Report of the Indian Hemp Drugs Commission, 1894-1895 - Volume IV
Year: 1894
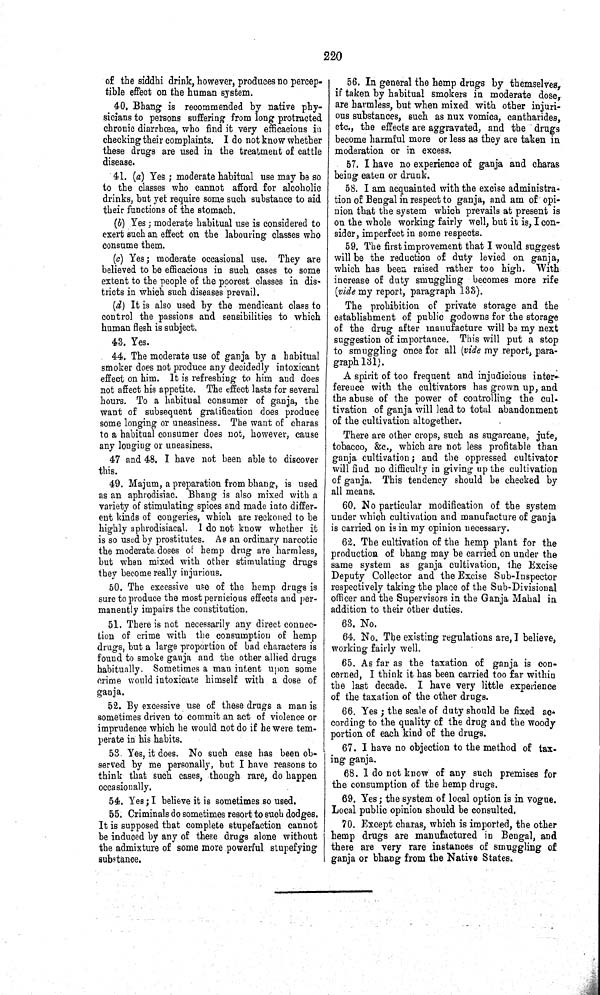
220
of the siddhi drink, however, produces no percep-
tible effect on the human system.
40, Bhang is recommended by native phy-
sicians to persons suffering from long protracted
chronic diarrhœa, who find it very efficacious in
checking their complaints. I do not know whether
these drugs are used in the treatment of cattle
disease.
41. (a) Yes; moderate habitual use may be so
to the classes who cannot afford for alcoholic
drinks, but yet require some such substance to aid
their functions of the stomach.
(b) Yes; moderate habitual use is considered to
exert such an effect on the labouring classes who
consume them.
(c) Yes; moderate occasional use. They are
believed to be efficacious in such cases to some
extent to the people of the poorest classes in dis-
tricts in which such diseases prevail.
(d) It is also used by the mendicant class to
control the passions and sensibilities to which
human flesh is subject.
43. Yes.
44. The moderate use of ganja by a habitual
smoker does not produce any decidedly intoxicant
effect on him. It is refreshing to him and does
not affect his appetite. The effect lasts for several
hours. To a habitual consumer of ganja, the
want of subsequent gratification does produce
some longing or uneasiness. The want of charas
to a habitual consumer does not, however, cause
any longing or uneasiness.
47 and 48. I have not been able to discover
this.
49. Majum, a preparation from bhang, is used
as an aphrodisiac. Bhang is also mixed with a
variety of stimulating spices and made into differ-
ent kinds of congeries, which are reckoned to be
highly aphrodisiacal. I do not know whether it
is so used by prostitutes. As an ordinary narcotic
the moderate doses of hemp drug are harmless,
but when mixed with other stimulating drugs
they become really injurious.
50. The excessive use of the hemp drugs is
sure to produce the most pernicious effects and per-
manently impairs the constitution.
51. There is not necessarily any direct connec-
tion of crime with the consumption of hemp
drugs, but a large proportion of bad characters is
found to smoke ganja and the other allied drugs
habitually. Sometimes a man intent upon some
crime would intoxicate himself with a dose of
ganja.
52. By excessive use of these drugs a man is
sometimes driven to commit an act of violence or
imprudence which he would not do if he were tem-
perate in his habits.
53. Yes, it does. No such case has been ob-
served by me personally, but I have reasons to
think that such cases, though rare, do happen
occasionally.
54. Yes; I believe it is sometimes so used.
55. Criminals do sometimes resort to such dodges.
It is supposed that complete stupefaction cannot
be induced by any of these drugs alone without
the admixture of some more powerful stupefying
substance.
56. In general the hemp drugs by themselves,
if taken by habitual smokers in moderate dose,
are harmless, but when mixed with other injuri-
ous substances, such as nux vomica, cantharides,
etc., the effects are aggravated, and the drugs
become harmful more or less as they are taken in
moderation or in excess.
57. I have no experience of ganja and charas
being eaten or drunk.
58. I am acquainted with the excise administra-
tion of Bengal in respect to ganja, and am of opi-
nion that the system which prevails at present is
on the whole working fairly well, but it is, I con-
sider, imperfect in some respects.
59. The first improvement that I would suggest
will be the reduction of duty levied on ganja,
which has been raised rather too high. With
increase of duty smuggling becomes more rife
(vide my report, paragraph 133).
The prohibition of private storage and the
establishment of public godowns for the storage
of the drug after manufacture will be my next
suggestion of importance. This will put a stop
to smuggling once for all (vi de my report, para-
graph 131).
A spirit of too frequent and injudicious inter-
ference with the cultivators has grown up, and
the abuse of the power of controlling the cul-
tivation of ganja will lead to total abandonment
of the cultivation altogether.
There are other crops, such as sugarcane, jute,
tobacco, &c., which are not less profitable than
ganja cultivation; and the oppressed cultivator
will find no difficulty in giving up the cultivation
of ganja. This tendency should be checked by
all means.
60. No particular modification of the system
under which cultivation and manufacture of ganja
is carried on is in my opinion necessary.
62. The cultivation of the hemp plant for the
production of bhang may be carried on under the
same system as ganja cultivation, the Excise
Deputy Collector and the Excise Sub-Inspector
respectively taking the place of the Sub-Divisional
officer and the Supervisors in the Ganja Mahal in
addition to their other duties.
63. No.
64. No. The existing regulations are, I believe,
working fairly well.
65. As far as the taxation of ganja is con-
cerned, I think it has been carried too far within
the last decade. I have very little experience
of the taxation of the other drugs.
66. Yes; the scale of duty should be fixed ac-
cording to the quality of the drug and the woody
portion of each kind of the drugs.
67. I have no objection to the method of tax-
ing ganja.
68. I do not know of any such premises for
the consumption of the hemp drugs.
69. Yes; the system of local option is in vogue.
Local public opinion should be consulted.
70. Except charas, which is imported, the other
hemp drugs are manufactured in Bengal, and
there are very rare instances of smuggling of
ganja or bhang from the Native States.